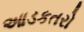
આડકતરો